Leaving Certificate Examination, 1918
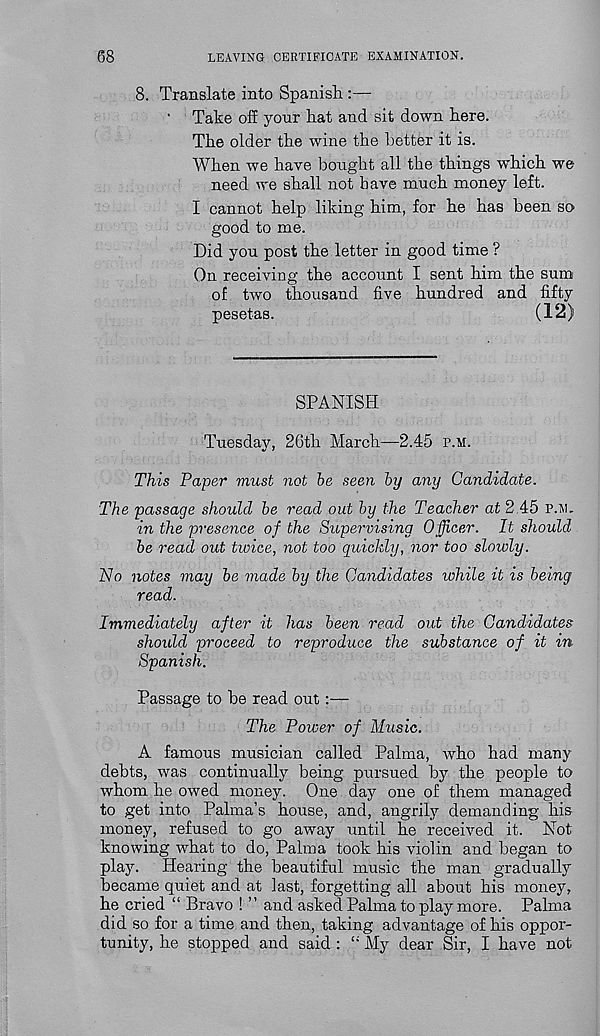
68
LEAVING CERTIFICATE EXAMINATION.
8. Translate into Spanish :—
‘ Take off your hat and sit down here.
The older the wine the better it is.
When we have bought all the things which we
need we shall not have much money left.
I cannot help liking him, for he has been so
good to me.
Did you post the letter in good time ?
On receiving the account I sent him the sum
of two thousand five hundred and fifty
pesetas.
(12)
SPANISH
Tuesday, 26th March—2.45 p.m.
This Paper must not be seen by any Candidate.
The passage should be read out by the Teacher at 2.45 p.m.
in the presence of the Supervising Officer. It should
be read out twice, not too quickly, nor too slowly.
No notes may be made by the Candidates while it is being
read.
Immediately after it has been read out the Candidates
shoidd proceed to reproduce the substance of it in
Spanish.
Passage to be read out:—
The Power of Music.
A famous musician called Palma, who had many
debts, was continually being pursued by the people to
whom he owed money. One day one of them managed
to get into Palma’s house, and, angrily demanding his
money, refused to go away until he received it. Not
knowing what to do, Palma took his violin and began to
play. Hearing the beautiful music the man gradually
became quiet and at last, forgetting all about his money,
he cried “ Bravo ! ” and asked Palma to play more. Palma
did so for a time and then, taking advantage of his oppor-
tunity, he stopped and said : “ My dear Sir, I have not